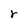
Character: r